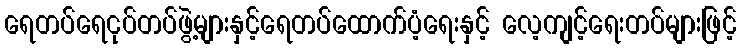
ရေတပ်ရေငုပ်တပ်ဖွဲ့များနှင့်ရေတပ်ထောက်ပံ့ရေးနှင့် လေ့ကျင့်ရေးတပ်များဖြင့်